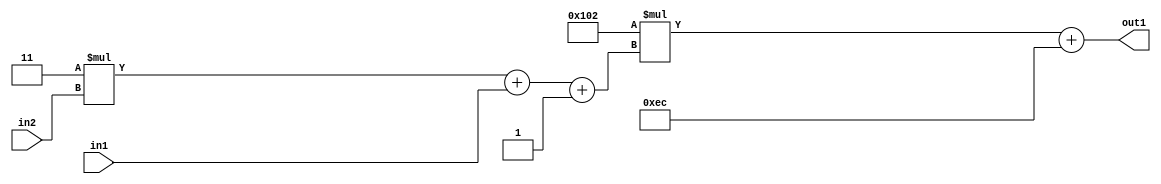
`timescale 1ps / 1ps
/*****************************************************************************
    Verilog RTL Description
    
    
    Created by: Stratus DpOpt 2019.1.01 
*******************************************************************************/

module DC_Filter_Add2i236Mul2i258Add3i1u1Mul2i3u2_4 (
	in2,
	in1,
	out1
	); /* architecture "behavioural" */ 
input [1:0] in2;
input  in1;
output [11:0] out1;
wire [11:0] asc001;
wire [3:0] asc002;

wire [3:0] asc002_tmp_0;
wire [3:0] asc002_tmp_1;
assign asc002_tmp_1 = 
	+(4'B0011 * in2);
assign asc002_tmp_0 = asc002_tmp_1
	+(in1);
assign asc002 = asc002_tmp_0
	+(4'B0001);

wire [11:0] asc001_tmp_2;
assign asc001_tmp_2 = 
	+(12'B000100000010 * asc002);
assign asc001 = asc001_tmp_2
	+(12'B000011101100);

assign out1 = asc001;
endmodule

/* CADENCE  vrP5SQw= : u9/ySgnWtBlWxVPRXgAZ4Og= ** DO NOT EDIT THIS LINE ******/